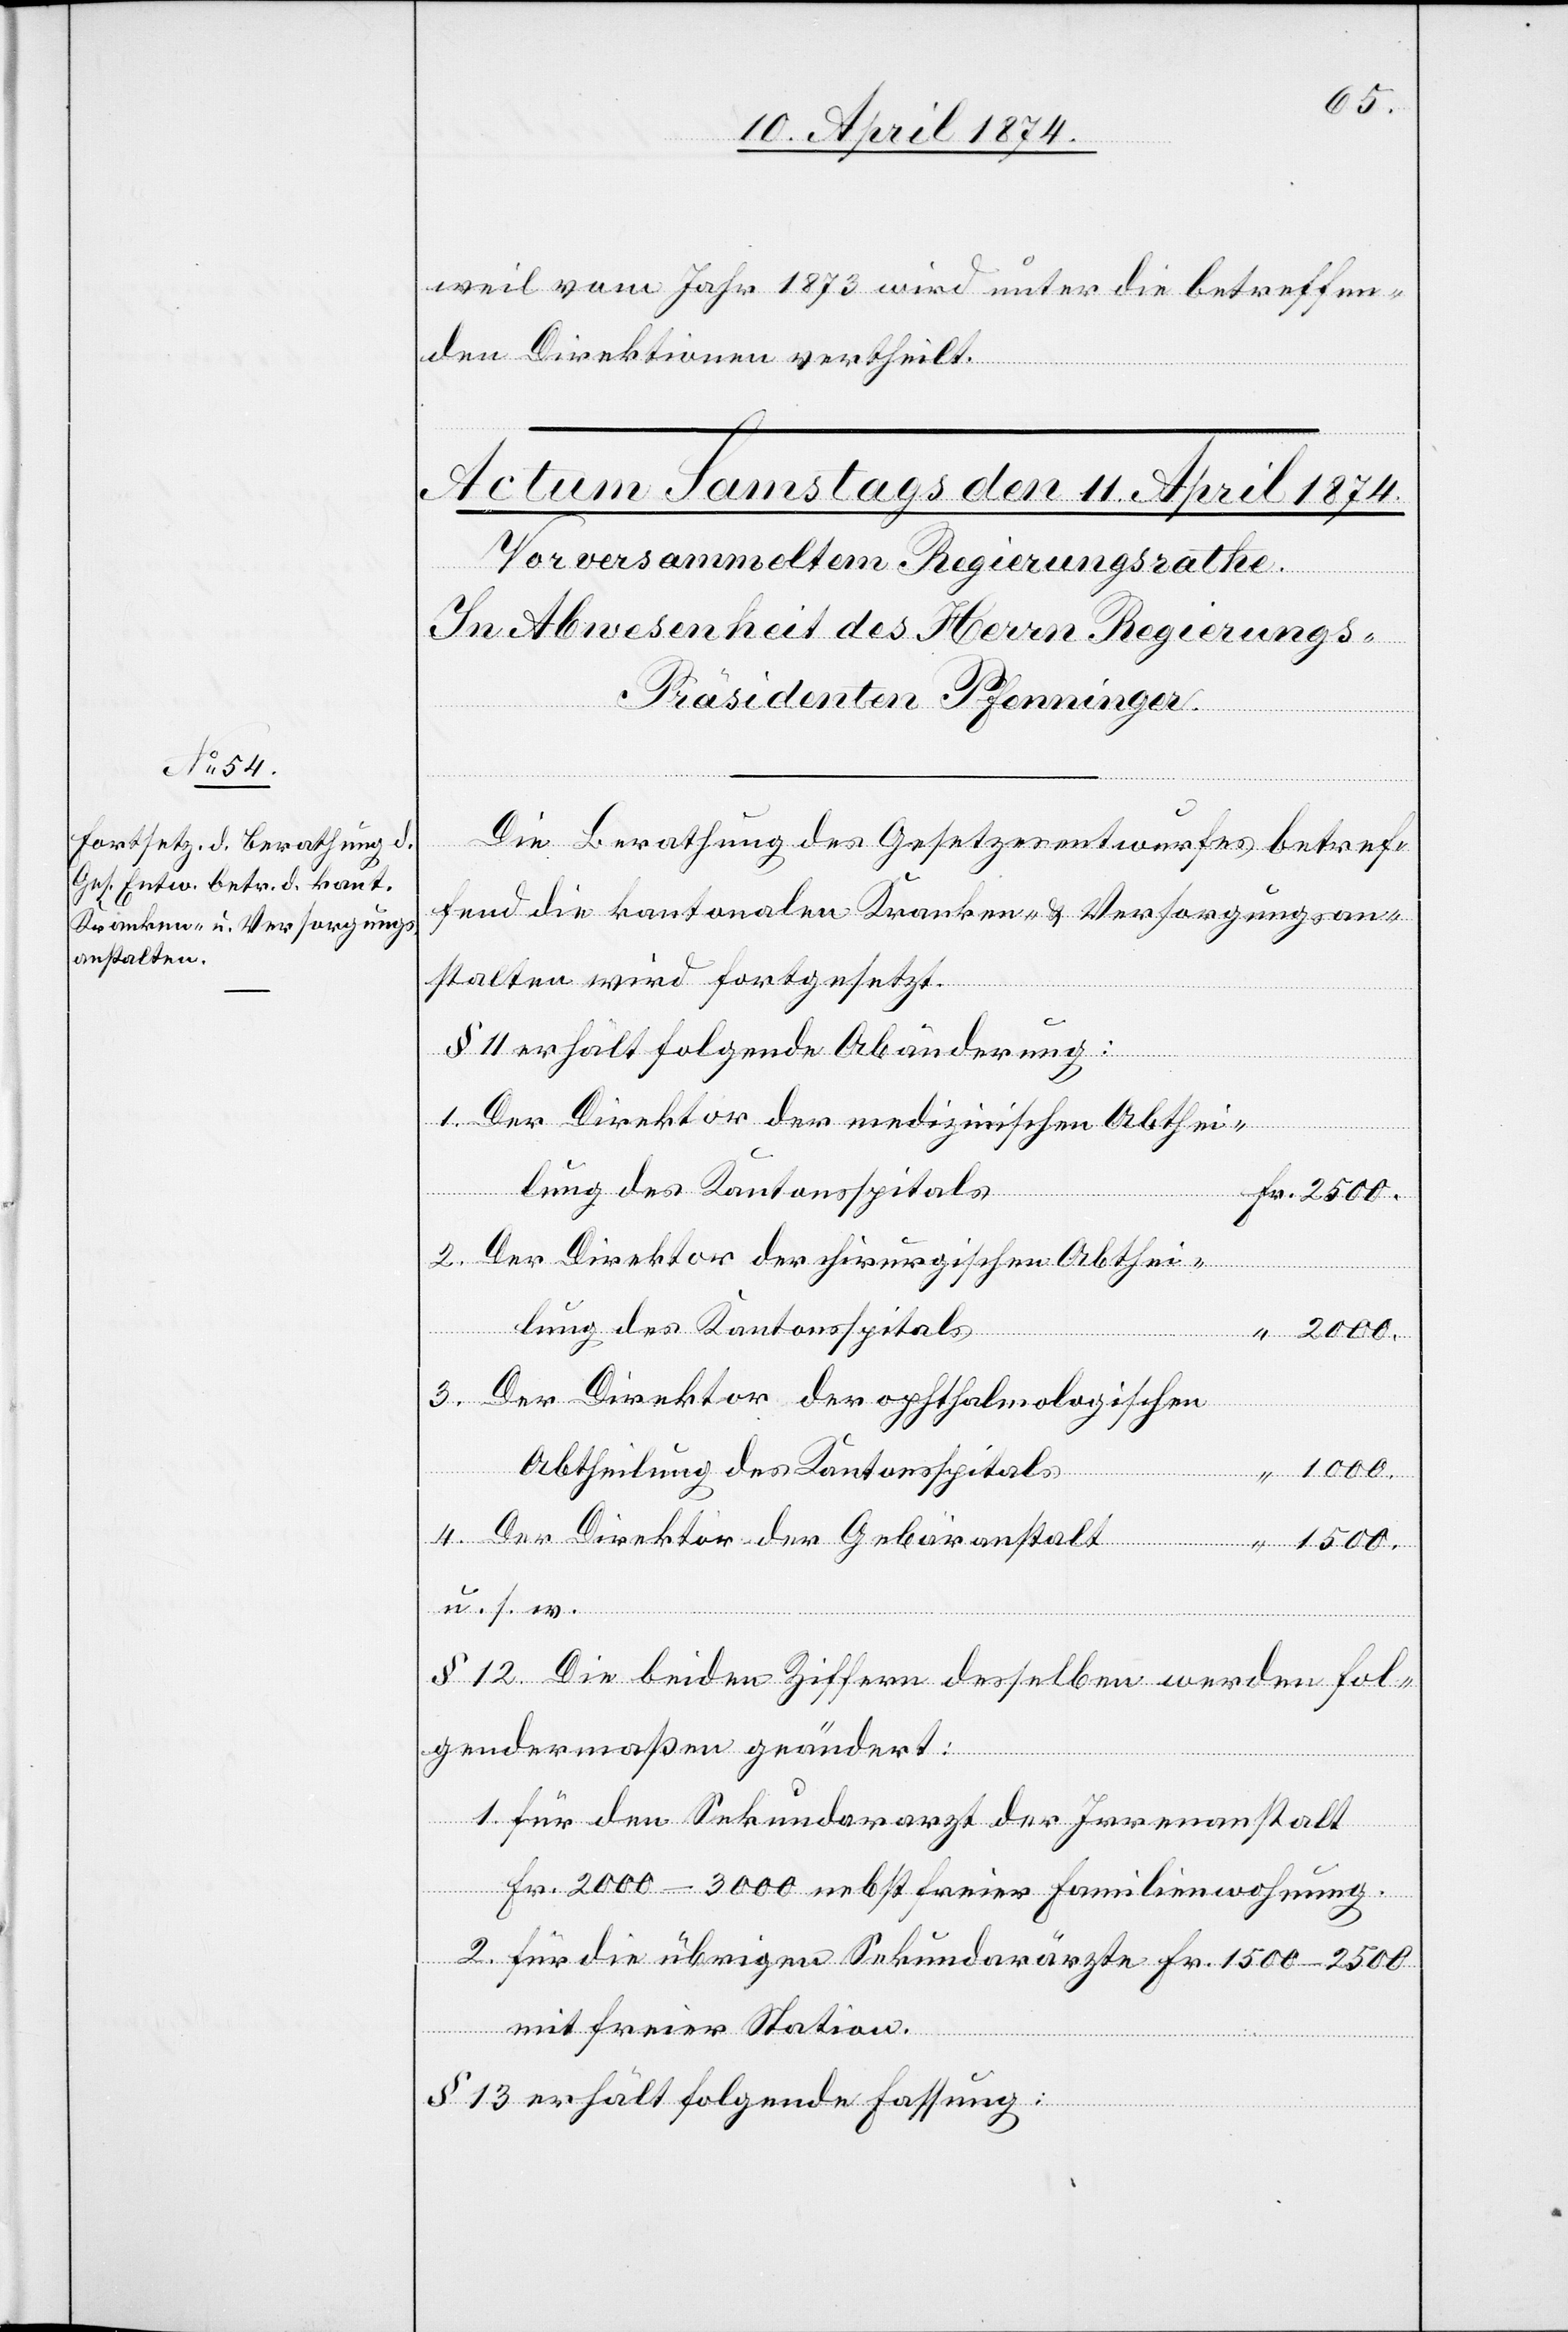
1500.
weil vom Jahr 1873 wird unter die betreffen¬
den Direktionen vertheilt.
Die Berathung des Gesetzesentwurfes betref¬
fend die kantonalen Kranken- u. Versorgungsan¬
stalten wird fortgesetzt.
4.
§ 11 erhält folgende Abänderung:
1. Der Direktor der medizinischen Abthei¬
anton¬
2. Der Direktor der chirurgischen Abthei¬
ektor der
2000.
3. Der Direktor der ophthalmologischen
u. s. w.
§ 12. Die beiden Ziffern desselben werden fol¬
gendermaßen geändert:
1. für den Sekundararzt der Irrenanstalt
sspitals
Fr. 2000–3000 nebst freier Familienwohnung.
2. Für die übrigen Sekundarärzte Fr. 1500–2500
mit freier Station.
§ 13 erhält folgende Fassung: